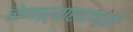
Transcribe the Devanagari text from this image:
नेणाऱ्यारावणाशी